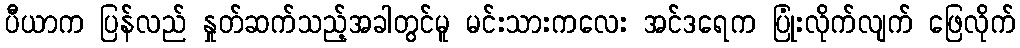
ပီယာက ပြန်လည် နှုတ်ဆက်သည့်အခါတွင်မူ မင်းသားကလေး အင်ဒရေက ပြုံးလိုက်လျက် ဖြေလိုက်